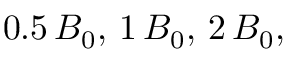
0 . 5 \, B _ { 0 } , \, 1 \, B _ { 0 } , \, 2 \, B _ { 0 } ,